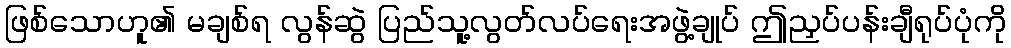
ဖြစ်သောဟူ၏ မချစ်ရ လွန်ဆွဲ ပြည်သူ့လွတ်လပ်ရေးအဖွဲ့ချုပ် ဤညှပ်ပန်းချီရုပ်ပုံကို